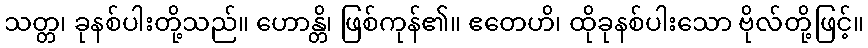
သတ္တ၊ ခုနစ်ပါးတို့သည်။ ဟောန္တိ၊ ဖြစ်ကုန်၏။ ဧတေဟိ၊ ထိုခုနစ်ပါးသော ဗိုလ်တို့ဖြင့်။